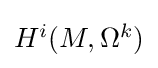
{\textstyle H^{i}(M,\Omega ^{k})}